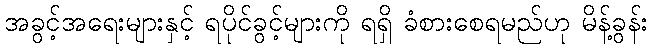
အခွင့်အရေးများနှင့် ရပိုင်ခွင့်များကို ရရှိ ခံစားစေရမည်ဟု မိန့်ခွန်း